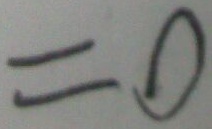
= 0